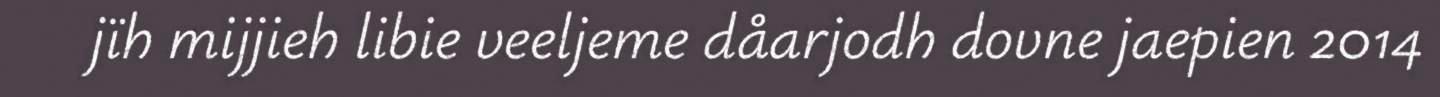
jïh mijjieh libie veeljeme dåarjodh dovne jaepien 2014